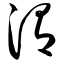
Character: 渭